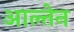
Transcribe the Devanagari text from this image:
आल्तेन